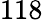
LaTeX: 118